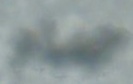
حمام